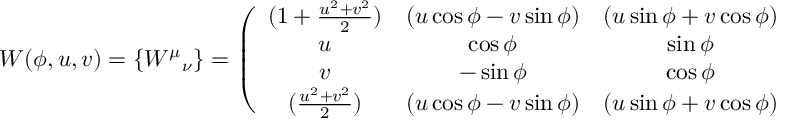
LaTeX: W ( \phi , u , v ) = \{ { W ^ { \mu } } _ { \nu } \} = \left( \begin{array} { c c c c } { { ( 1 + \frac { u ^ { 2 } + v ^ { 2 } } { 2 } ) } } & { { ( u \cos \phi - v \sin \phi ) } } & { { ( u \sin \phi + v \cos \phi ) } } & { { ( - \frac { u ^ { 2 } + v ^ { 2 } } { 2 } ) } } \\ { { u } } & { { \cos \phi } } & { { \sin \phi } } & { { - u } } \\ { { v } } & { { - \sin \phi } } & { { \cos \phi } } & { { - v } } \\ { { ( \frac { u ^ { 2 } + v ^ { 2 } } { 2 } ) } } & { { ( u \cos \phi - v \sin \phi ) } } & { { ( u \sin \phi + v \cos \phi ) } } & { { ( 1 - \frac { u ^ { 2 } + v ^ { 2 } } { 2 } ) } } \end{array} \right)